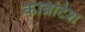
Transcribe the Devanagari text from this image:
केब्रिटिश